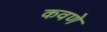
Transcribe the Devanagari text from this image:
कवणे